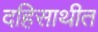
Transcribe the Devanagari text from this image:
दहिसाथीत